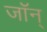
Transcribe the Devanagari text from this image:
जॉन्